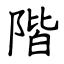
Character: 階